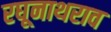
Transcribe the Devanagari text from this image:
रघूनाथराव